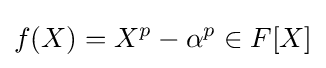
f(X)=X^{p}-\alpha ^{p}\in F[X]